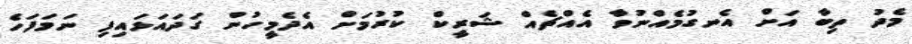
މެދު ތިބާ އަށް އެނގުމެއްނުވާ އެއްޗެއް ޝަރީކް ކުރުމަށް އެދެމީހުން ގަދައަޅައިފި ނަމަފަހެ